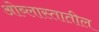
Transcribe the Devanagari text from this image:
ओब्लास्तातील